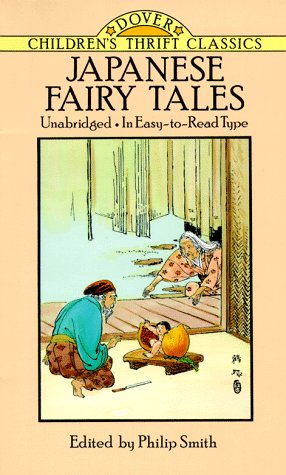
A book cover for Japanese Fairy Tales (Dover Children's Thrift Classics); Philip Smith; Children's Books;